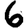
Digit: 6